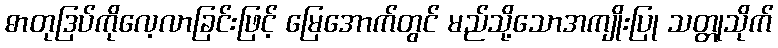
ဓာတုဒြပ်ကိုလေ့လာခြင်းဖြင့် မြေအောက်တွင် မည်သို့သောအကျိုးပြု သတ္တုသိုက်